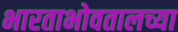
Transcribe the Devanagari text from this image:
भारताभोवतालच्या